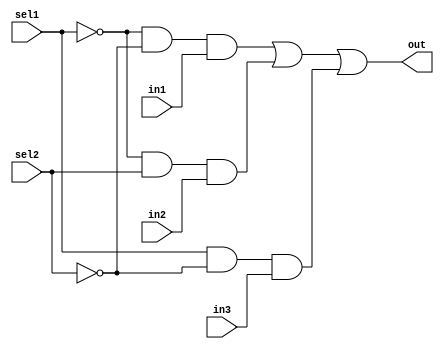
module mux3to1(out,sel1,sel2,in1,in2,in3);
	input in1,in2,in3,sel1,sel2;
	output out;
	wire not_sel1,not_sel2,a1,a2,a3;
	not (not_sel1,sel1);
	not (not_sel2,sel2);
	and (a1,not_sel1,not_sel2,in1);
	and (a2,not_sel1,sel2,in2);
	and (a3,sel1,not_sel2,in3);	
	or(out,a1,a2,a3);
endmodule